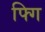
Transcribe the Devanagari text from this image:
फ्गि